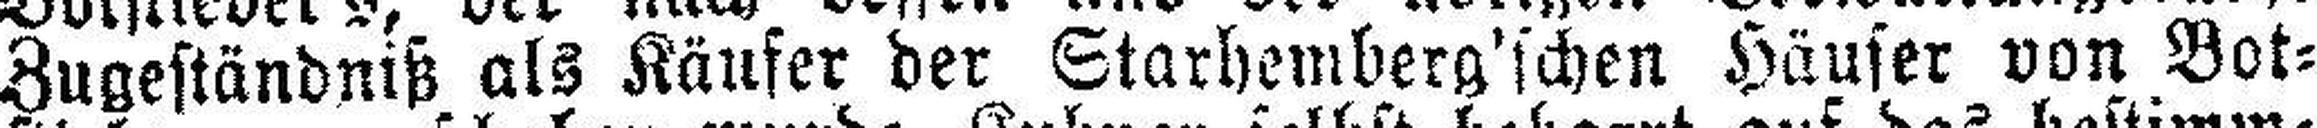
Zugeständniß als Käufer der Starhemberg'schen Häuser von Bot¬